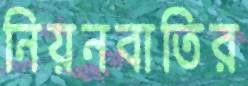
নিয়নবাতির